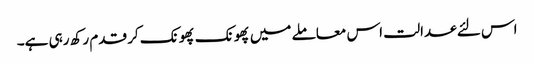
اس لئے عدالت اس معاملے میں پھونک پھونک کر قدم رکھ رہی ہے۔